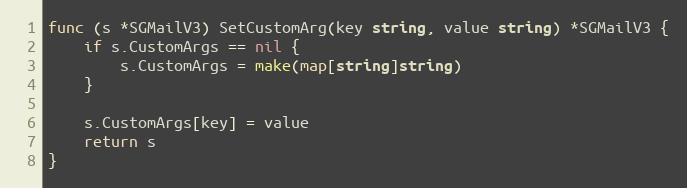
Language: Go
func (s *SGMailV3) SetCustomArg(key string, value string) *SGMailV3 {
	if s.CustomArgs == nil {
		s.CustomArgs = make(map[string]string)
	}

	s.CustomArgs[key] = value
	return s
}